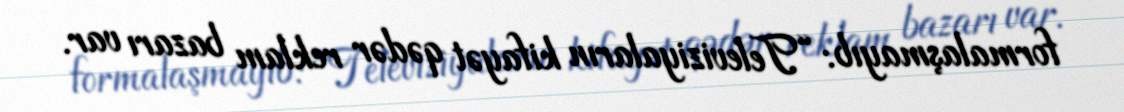
formalaşmayıb: “Televiziyaların kifayət qədər reklam bazarı var.